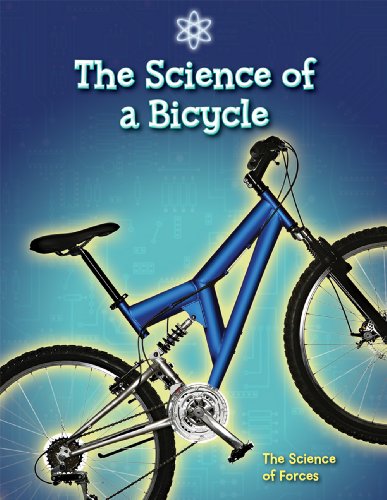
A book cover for The Science of a Bicycle: The Science of Forces; Ian Graham; Children's Books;